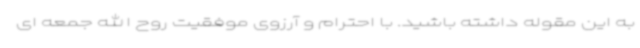
به این مقوله داشته باشید. با احترام و آرزوی موفقیت روح الله جمعه ای